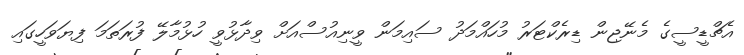
އެޗްޑީސީގެ މެނޭޖިން ޑިރެކްޓަރު މުހައްމަދު ސައިމަން ވީނިއުސްއަށް ވިދާޅުވީ ހުޅުމާލޭ ފުރަތަމަ ފިޔަވަހީގައި